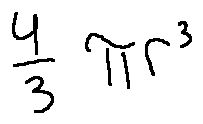
\frac { 4 } { 3 } \pi r ^ { 3 }